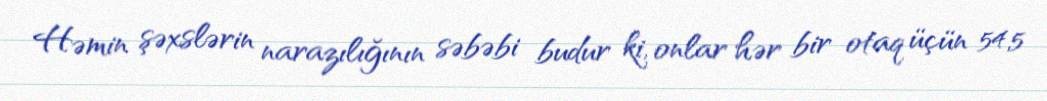
Həmin şəxslərin narazılığının səbəbi budur ki, onlar hər bir otaq üçün 54,5